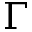
\Gamma